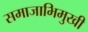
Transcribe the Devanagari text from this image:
समाजाभिमुखी